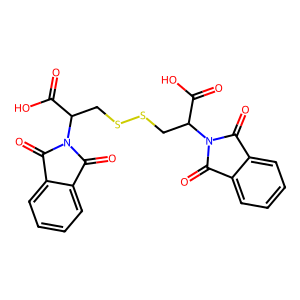
SMILES: O=C(O)C(CSSCC(C(=O)O)N1C(=O)c2ccccc2C1=O)N1C(=O)c2ccccc2C1=O
Inhibits HIV replication: No